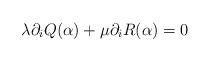
LaTeX: \begin{align*} \lambda \partial_i Q( \alpha ) + \mu \partial_i R( \alpha ) = 0\end{align*}